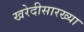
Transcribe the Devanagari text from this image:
खरेदीसारख्या